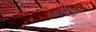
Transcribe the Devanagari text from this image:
तोकोआ